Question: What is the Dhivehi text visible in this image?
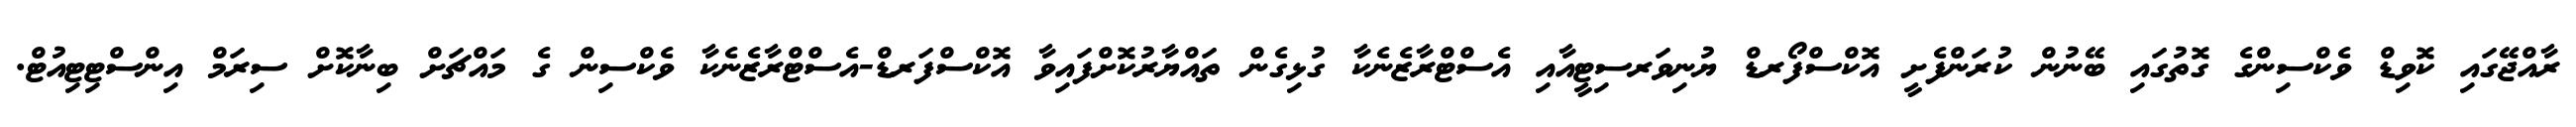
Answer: ރާއްޖޭގައި ކޮވިޑް ވެކްސިންގެ ގޮތުގައި ބޭނުން ކުރަންފެށީ އޮކްސްފޯރޑް ޔުނިވަރސިޓީއާއި އެސްޓްރާޒެނެކާ ގުޅިގެން ތައްޔާރުކޮށްފައިވާ އޮކްސްފަރޑް-އެސްޓްރާޒެނެކާ ވެކްސިން ގެ މައްޗަށް ބިނާކޮށް ސިރަމް އިންސްޓިޓިއުޓް.